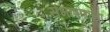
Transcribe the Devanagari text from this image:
संभाषणाला